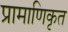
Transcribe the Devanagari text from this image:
प्रामाणिकृत